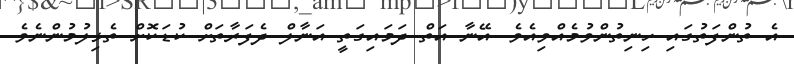
އެ ތުންފަތުގައި ހިނިތުންވުމެއްވިއެވެ. އޭނާ އަތް ދަމައިގަތީ އަނާލް ދެފަރާތަށް ކުޑަކޮށް ތެޅިލުމުންނެވެ.